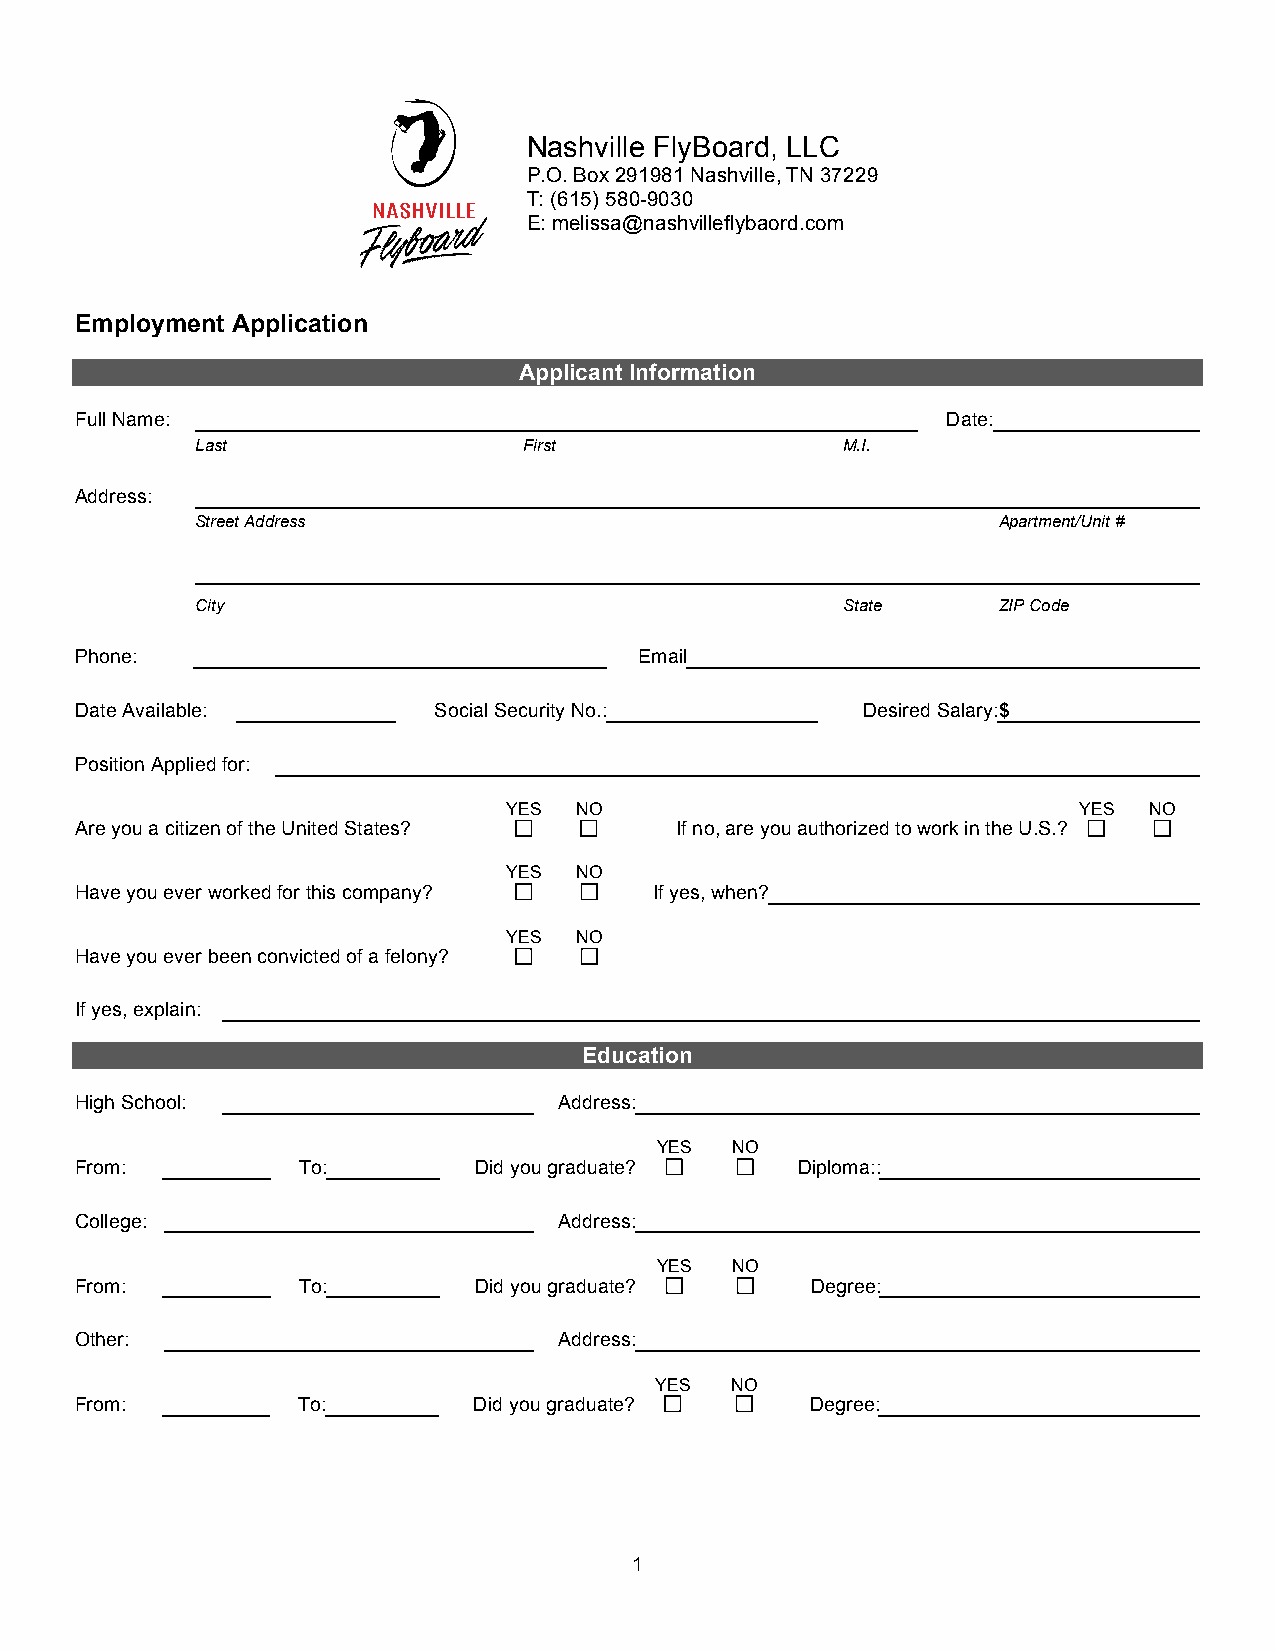
Nashville FlyBoard, LLC
 P.O. Box 291981 Nashville, TN 37229
 T: (615) 580-9030
 E: melissa@nashvilleflybaord.com
 Employment Application
 Applicant Information
 Full Name:                                                Date:
 Last                  First                M.I.
 Address:
 Street Address                                       Apartment/Unit #
 City                                       State     ZIP Code
 Phone:                               Email
 Date Available:         Social Security No.:        Desired Salary: $
 Position Applied for:
 YES NO                               YES  NO
 Are you a citizen of the United States? If no, are you authorized to work in the U.S.?
 YES NO
 Have you ever worked for this company? If yes, when?
 YES NO
 Have you ever been convicted of a felony?
 If yes, explain:
 Education
 High School:                    Address:
 YES  NO
 From:          To:        Did you graduate?     Diploma::
 College:                        Address:
 YES  NO
 From:          To:        Did you graduate?      Degree:
 Other:                          Address:
 YES  NO
 From:          To:        Did you graduate?      Degree:
 1